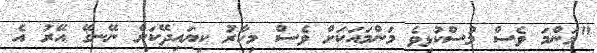
"މަންމަ ވެސް މުސްކުޅިވެ މަންމައަކަށް ވެސް މިހާރު ކިޔައިދޭކަށް ނޭނގޭ އޭރު އެ